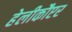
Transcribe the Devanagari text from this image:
हेलीकौप्टर